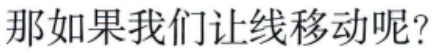
那如果我们让线移动呢?